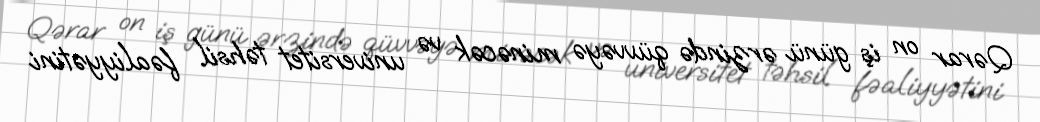
Qərar on iş günü ərzində qüvvəyə minəcək və universitet təhsil fəaliyyətini